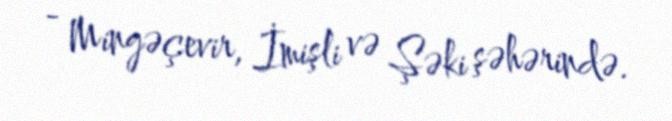
- Mingəçevir, İmişli və Şəki şəhərində.